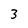
Character: 3